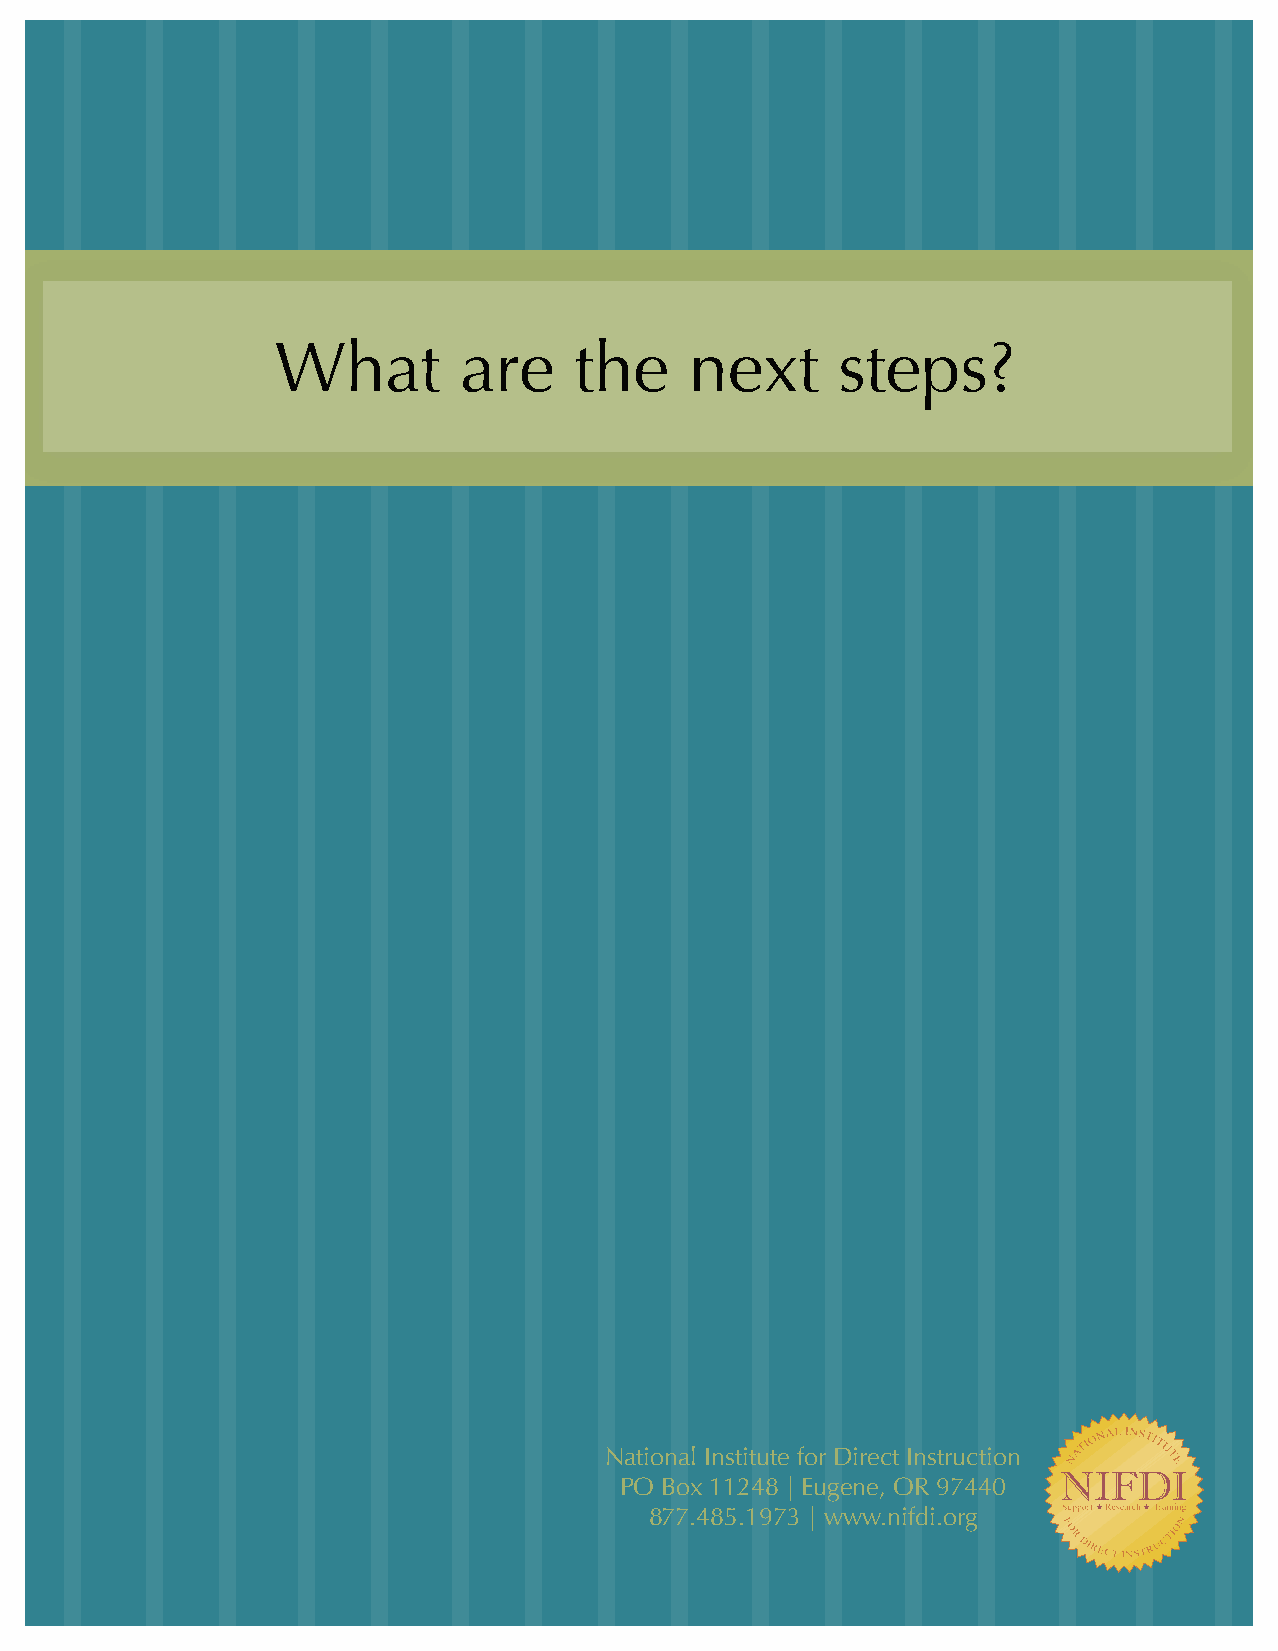
What        are     the     next     steps?
 Notes: This template is set-up using the NLaaytieornsa fle Iantsutirteuste. for Direct Instruction
 The die lines, safe print area, and measurePmOe Bnotsx a1r1e2 o4n8 l|o cEkuegden lae,y eOrRs o9f7 t4h4e0
 master page that are set to not print. These l8a7y7e.r4s8 w5i.l1l 9n7o3t s|h woww ww.nhiefdni .yoorug are in
 preview mode.